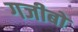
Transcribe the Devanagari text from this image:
गजीबो